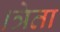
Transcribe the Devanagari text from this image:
।त्रेता